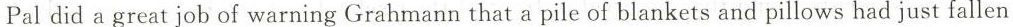
Pal did a great job of warning Grahmann that a pile of blankets and pillows had just fallen